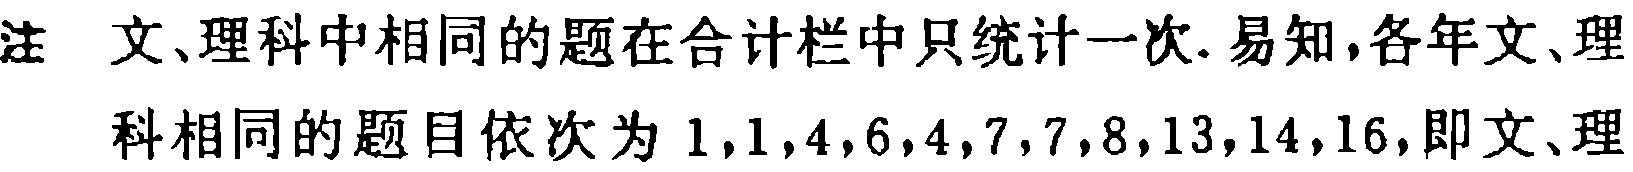
注 文、理科中相同的题在合计栏中只统计一次. 易知,各年文、理
科相同的题目依次为 \(1,1,4,6,4,7,7,8,13,14,16\),即文、理